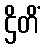
ဌိတိံ